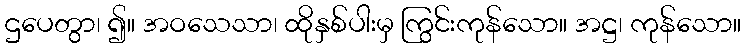
ဌပေတွာ၊ ၍။ အဝသေသာ၊ ထိုနှစ်ပါးမှ ကြွင်းကုန်သော။ အဋ္ဌ၊ ကုန်သော။